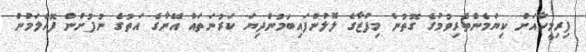
ފިރިމީހާއަށް ކިޔަމެންތެރިވުމުގެ ގޮތުން މިފުޒާގެ ލޮލުންފައިބަމުންދިޔަ ކަރުނަތައް އޭނާގެ އަތުގެ ނުފުށުން ފޮހެލަމުން